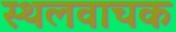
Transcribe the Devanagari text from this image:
स्थलवाचक